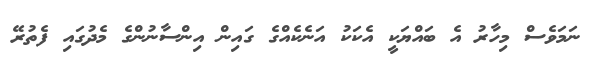
ނަމަވެސް މިހާރު އެ ބައްޔަކީ އެކަކު އަނެކެއްގެ ގައިން އިންސާނުންގެ މެދުގައި ފެތުރޭ